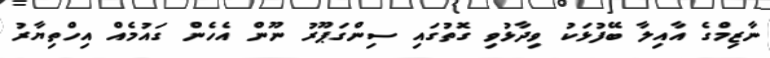
ނާޒިމްގެ އާއިލާ ބޭފުޅަކު ވިދާޅުވި ގޮތުގައި ސިންގަޕޫރު ނޫން އެހެން ގައުމެއް އިހްތިޔާރު